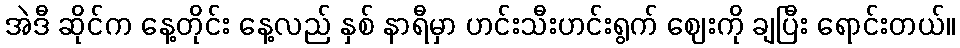
အဲဒီ ဆိုင်က နေ့တိုင်း နေ့လည် နှစ် နာရီမှာ ဟင်းသီးဟင်းရွက် ဈေးကို ချပြီး ရောင်းတယ်။